Indian journal of veterinary science and animal husbandry - Volumes 24-25, 1954-1955
Year: 1954
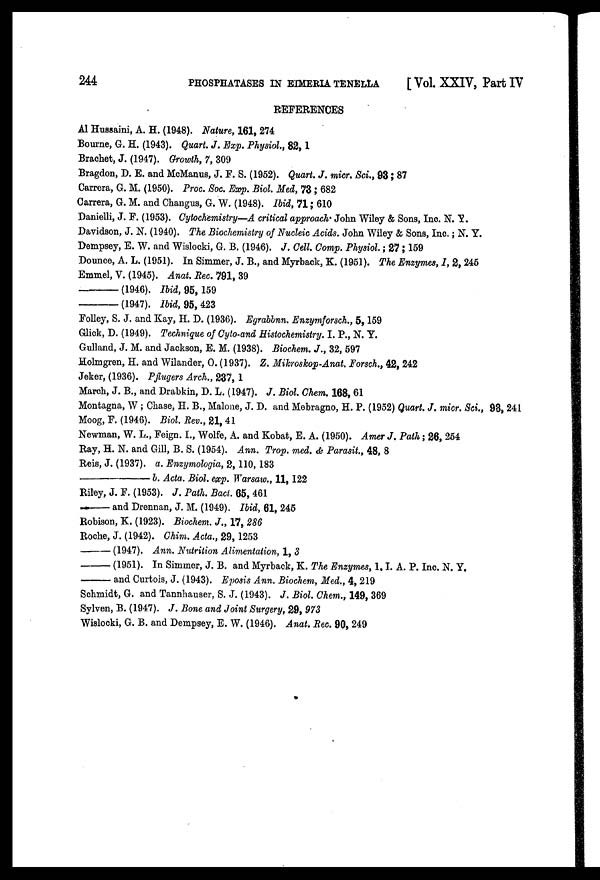
244
PHOSPHATASES
IN
EIMBRIA TENELLA [ Vol. XXIV, Part IV
REFERENCES
Al Hussaini, A. H. (1948). Nature, 161, 274
Bourne, G. H. (1943). Quart. J. Exp. Physiol., 82, 1
Brachet, J. (1947). Growth, 7, 309
Bragdon, D. E. and McManus, J. F. S. (1952). Quart. J. micr. Sci., 93 ; 87
Carrera, G. M. (1950). Proc. Soc. Exp. Biol. Med, 73 ; 682
Carrera, G. M. and Changus, G. W. (1948). Ibid, 71 ; 610
Danielli, J. F. (1953). Cytochemistry—A critical approach. John Wiley & Sons, Inc. N. Y.
Davidson, J. N. (1940). The Biochemistry of Nucleic Acids. John Wiley & Sons, Inc. ; N. Y.
Dempsey, E. W. and Wislocki, G. B. (1946). J. Cell. Comp. Physiol. ; 27 ; 159
Dounce, A. L. (1951). In Simmer, J. B., and Myrback, K. (1951). The Enzymes, I, 2, 245
Emmel, V. (1945). Anat. Rec. 791, 39
—
(1946). Ibid, 95, 159
—
(1947). Ibid, 95, 423
Folley, S. J. and Kay, H. D. (1936). Egrabbnn. Enzymforsch., 5, 159
Glick, D. (1949). Technique of Cyto-and Histochemistry. I. P., N. Y.
Gulland, J. M. and Jackson, E. M. (1938). Biochem. J., 32, 597
Holmgren, H. and Wilander, O. (1937). Z. Mikroskop-Anat. Forsch., 42, 242
Jeker, (1936). Pflugers Arch., 237, 1
March, J. B., and Drabkin, D. L. (1947). J. Biol. Chem. 168, 61
Montagna, W ; Chase, H. B., Malone, J. D. and Mebragno, H. P. (1952) Quart. J. micr. Sci., 93, 241
Moog, F. (1946). Biol. Rev., 21, 41
Newman, W. L., Feign. I., Wolfe, A. and Kobat, E. A. (1950). Amer J. Path ; 26, 254
Ray, H. N. and Gill, B. S. (1954). Ann. Trop. med. & Parasit., 48, 8
Reis, J. (1937). a. Enzymologia, 2, 110, 183
—
b. Acta. Biol. exp. Warsaw., 11, 122
Riley, J. F. (1953). J. Path. Bact. 65, 461
—
and Drennan, J. M. (1949). Ibid, 61, 245
Robison, K. (1923). Biochem. J., 17, 286
Roche, J. (1942). Chim. Acta., 29, 1253
— (1947).
Ann. Nutrition Alimentation, 1, 3
— (1951).
In Simmer, J. B. and Myrback, K. The Enzymes, 1. I. A. P. Inc. N. Y.
—
and Curtois, J. (1943). Eposis Ann. Biochem, Med., 4, 219
Schmidt, G. and Tannhauser, S. J. (1943). J. Biol. Chem., 149, 369
Sylven, B. (1947). J. Bone and Joint Surgery, 29, 973
Wislocki, G. B. and Dempsey, E. W. (1946). Anat. Rec. 90, 249